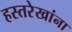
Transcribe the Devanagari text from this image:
हस्तरेखांना